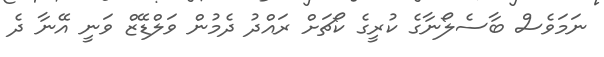
ނަމަވެސް ބާސެލޯނާގެ ކުރީގެ ކޯޗަށް ރައްދު ދެމުން ވަލްޑޭޒް ވަނީ އޭނާ ދެ